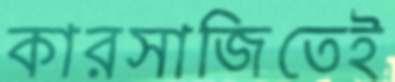
কারসাজিতেই